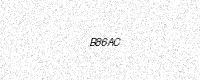
Text: B86AC